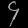
Digit: ၄